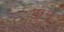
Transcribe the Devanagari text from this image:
मुग्गु